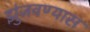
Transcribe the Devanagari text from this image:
झुंजवण्यास